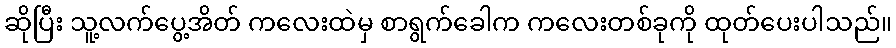
ဆိုပြီး သူ့လက်ပွေ့အိတ် ကလေးထဲမှ စာရွက်ခေါက ကလေးတစ်ခုကို ထုတ်ပေးပါသည်။